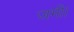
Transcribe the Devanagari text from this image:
जमी।